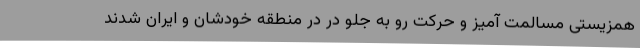
همزیستی مسالمت آمیز و حرکت رو به جلو در در منطقه خودشان و ایران شدند